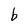
Character: b